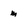
Character: M